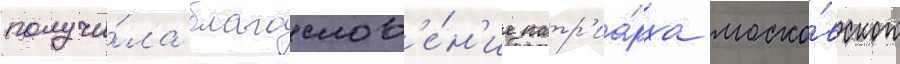
получи́ла благослов'е́н'ие патр'иа́рха моско́вского